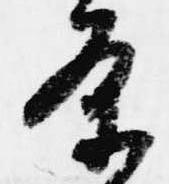
条